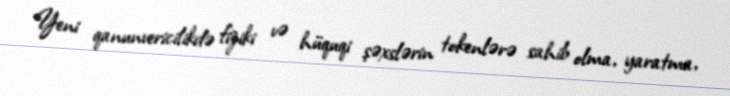
Yeni qanunvericilikdə fiziki və hüquqi şəxslərin tokenlərə sahib olma, yaratma,